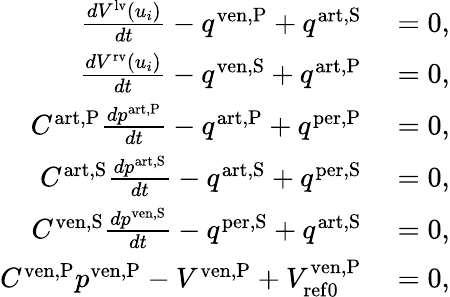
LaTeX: \begin{array}{rl}{\frac{dV^{\mathrm{lv}}\left(u_{i}\right)}{dt}-q^{\mathrm{ven,P}}+q^{\mathrm{art,S}}}&{{}=0,}\\ {\frac{dV^{\mathrm{rv}}\left(u_{i}\right)}{dt}-q^{\mathrm{ven,S}}+q^{\mathrm{art,P}}}&{{}=0,}\\ {C^{\mathrm{art,P}}\frac{dp^{\mathrm{art,P}}}{dt}-q^{\mathrm{art,P}}+q^{\mathrm{per,P}}}&{{}=0,}\\ {C^{\mathrm{art,S}}\frac{dp^{\mathrm{art,S}}}{dt}-q^{\mathrm{art,S}}+q^{\mathrm{per,S}}}&{{}=0,}\\ {C^{\mathrm{ven,S}}\frac{dp^{\mathrm{ven,S}}}{dt}-q^{\mathrm{per,S}}+q^{\mathrm{art,S}}}&{{}=0,}\\ {C^{\mathrm{ven,P}}p^{\mathrm{ven,P}}-V^{\mathrm{ven,P}}+V_{\mathrm{{ref0}}}^{\mathrm{ven,P}}}&{{}=0,}\end{array}